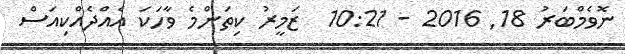
ނޮވެމްބަރު 18